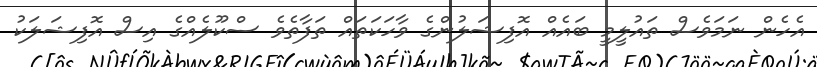
އެހެން ނަމަވެސް ތައުލީމީ ބައެއް އޮފިޝަލުންގެ ވާހަކަތައް ތަފާތެވެ ސްކޫލެއްގެ އިސް އޮފިޝަލަކު